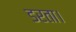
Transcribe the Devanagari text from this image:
डरता।